Kassari_(Keina)_vallavalitsus, lk 28
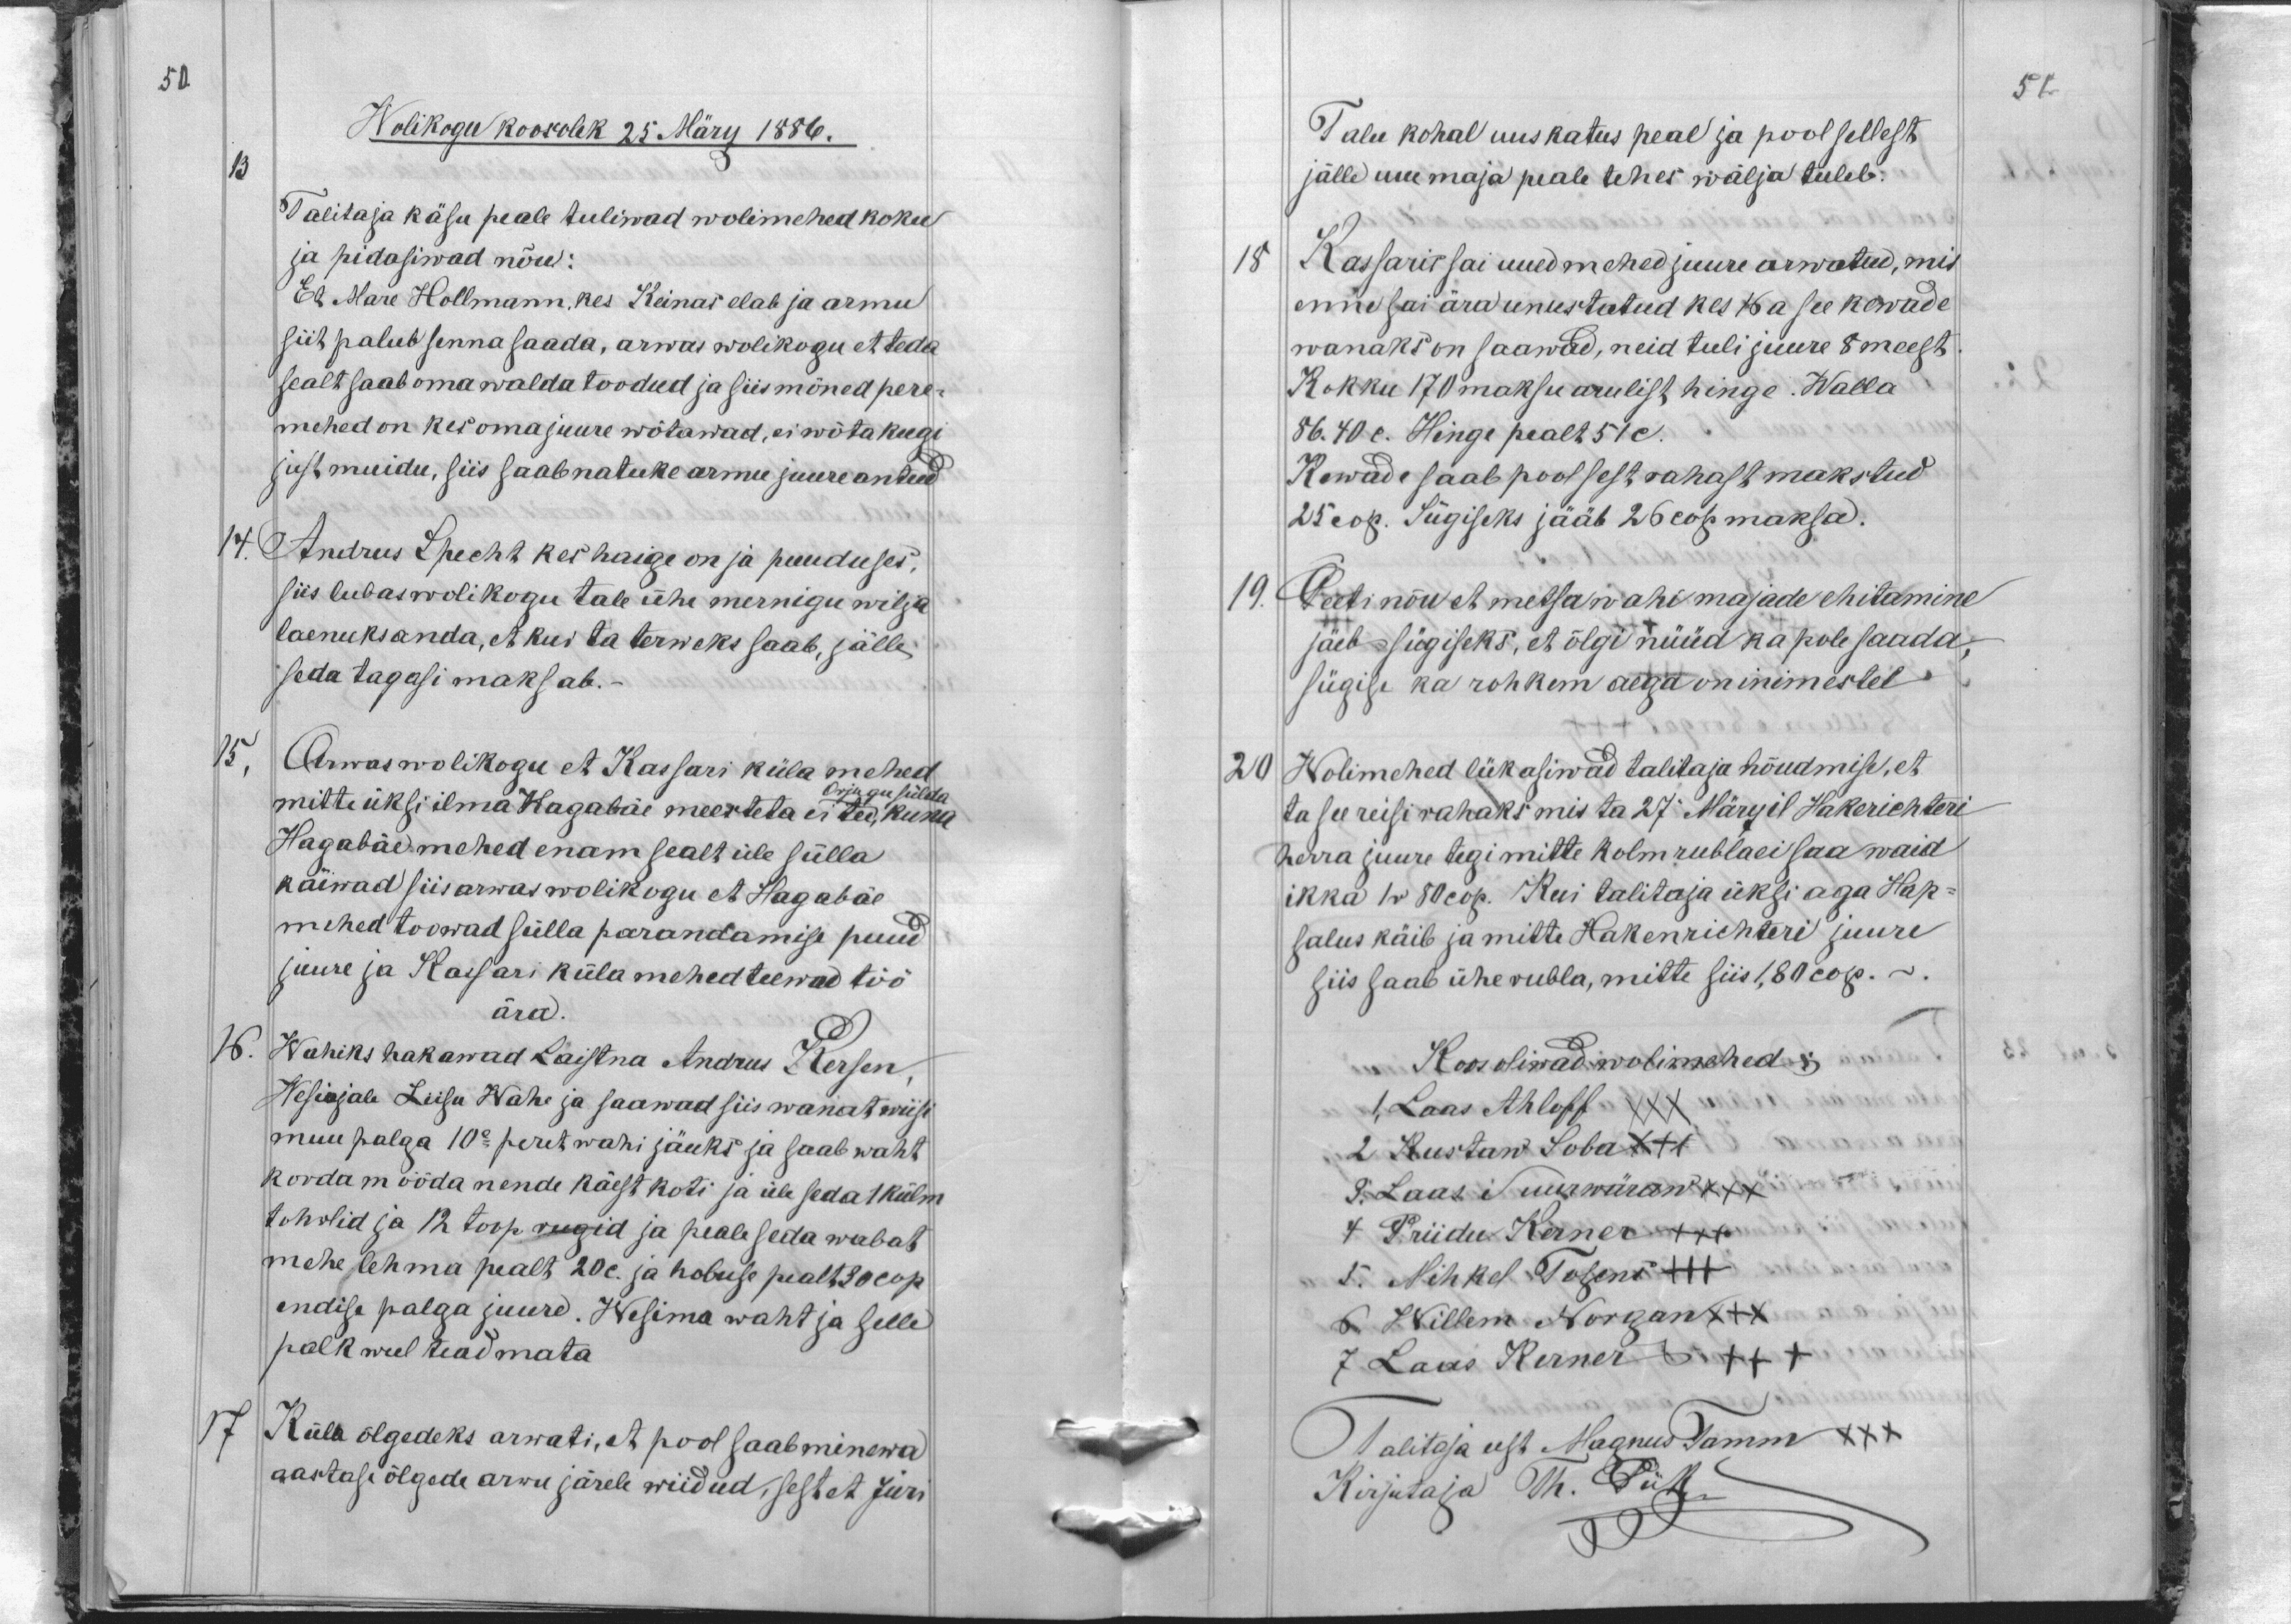
50
Wolikogu koosolek 25 März 1886.
13
Talitaja käsu peale tuliwad wolimehed koku
ja pidasiwad nõu:
Et Mare Hollmann, kes Keinas elab ja armu
siit palub senna saada, arwas wolikogu et teda
sealt saab oma walda toodud ja siis mõned pere-
mehed on kes oma juure wõtawad, ei wõta keegi
just muidu, siis saab natuke armu juure antud
14
Andrus Specht kes haige on ja puuduses,
siis lubas wolikogu tale ühe mernigu wilja
laenuks anda, et kui ta terweks saab, jälle
seda tagasi maksab.
15,
Arwas wolikogu et Kassari küla mehed
mitte üksi ilma Hagabäe meesteta ei tee, kuna
Orjugu sülda
Hagabäe mehed enam sealt üle sülla
käiwad siis arwas wolikogu et Hagabäe
mehed toowad sülla parandamise puud
juure ja Kassari küla mehed teewad töö
ära.
16.
Wahiks hakawad Laistna Andrus Kersen,
Wesiojale Liisu Wahe ja saawad siis wanat wiisi
muu palga 10e peret wahi jäuks ja saab waht
korda mööda nende käest koti ja üle seda 1 külm
tohwlid ja 12 toop rugid ja peale seda wabat
mehe lehma pealt 20 c. ja hobuse pealt 30 cop.
endise palga juure. Wesima waht ja selle
palk weel teadmata.
17
Küla õlgedeks arwati, et pool saab minewa
aastase õlgede arwu järele wiidud, sest et Jüri

51.

Talu kohal uus katus peal ja pool sellest
jälle uue maja peale tehes wälja tuleb.
18
Kassaris sai uued mehed juure arwatud, mis
enne sai ära unustatud kes 16 a see kewade
wanaks on saawad, neid tuli juure 8 meest
Kokku 170 maksu arulist hinge. Walla
86.40 c. Hinge pealt 51 c.
Kewade saab pool sest rahast makstud
25 cop. Sügiseks jääb 26 cop maksa.
19.
Peeti nõu et metsa wahimajade ehitamine
jäeb sügiseks, et õlgi nüüd ka pole saada,
sügise ka rohkem aega on inimestel
20
Wolimehed lükasiwad talitaja nõudmise, et
ta see reisi rahaks mis ta 27 Märzil Hakerichteri
herra juure tegi mitte kolm rubla ei saa waid
ikka 1 r 80 cop. Kui talitaja üksi aga Hap-
salus käib ja mitte Hakenrichteri juure
siis saab ühe rubla, mitte siis 1,80 cop. -
Koos oliwad wolimehed:
1, Laas Ahloff
2 Kustaw Soba XXX
3. Laas Suurwäraw XXX
4 Priidu Kerner XXX
5. Mihkel Tofens XXX
6. Willem Norgan XXX
7 Laas Kerner XXX
Talitaja eest Magnus Tamm XXX
Kirjutaja Th. Piik